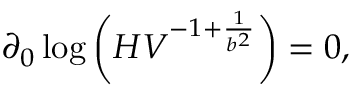
\partial _ { 0 } \log \left( { \cal H } V ^ { - 1 + { \frac { 1 } { b ^ { 2 } } } } \right) = 0 ,